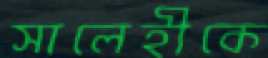
সালেহীকে